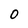
Character: 0